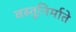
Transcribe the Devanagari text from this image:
वस्तूनिर्माते